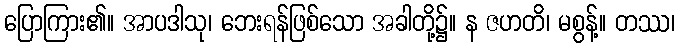
ပြောကြား၏။ အာပဒါသု၊ ဘေးရန်ဖြစ်သော အခါတို့၌။ န ဇဟတိ၊ မစွန့်။ တဿ၊